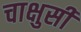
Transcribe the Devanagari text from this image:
चाक्षुसी